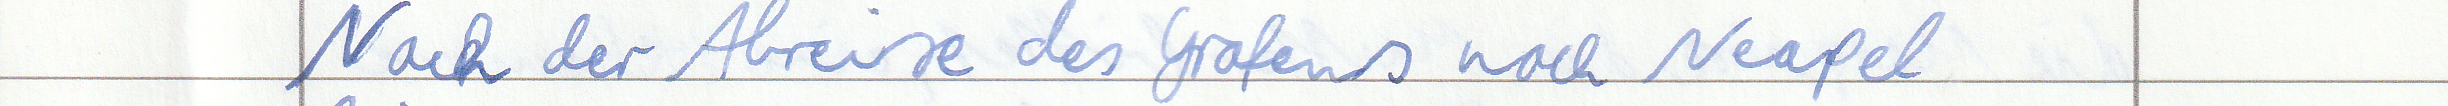
Nach der Abreise des Grafens nach Neapel